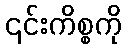
၎င်းကိစ္စကို